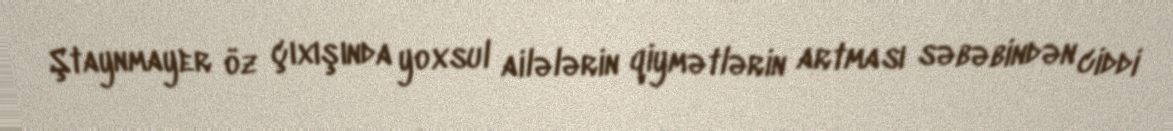
Ştaynmayer öz çıxışında yoxsul ailələrin qiymətlərin artması səbəbindən ciddi